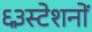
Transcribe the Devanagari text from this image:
६३स्टेशनों